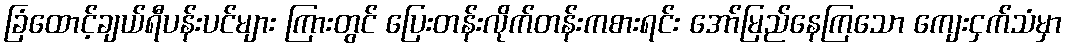
ခြံထောင့်ချယ်ရီပန်းပင်များ ကြားတွင် ပြေးတန်းလိုက်တန်းကစားရင်း အော်မြည်နေကြသော ကျေးငှက်သံမှာ